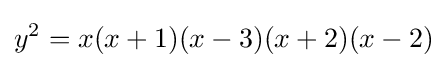
y^{2}=x(x+1)(x-3)(x+2)(x-2)